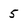
Character: 5